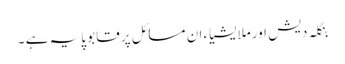
بنگلہ دیش اورملایشیاء ان مسائل پر قابو پایہ ہے ۔